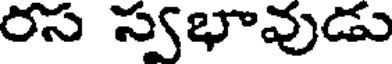
రస స్వభావుడు